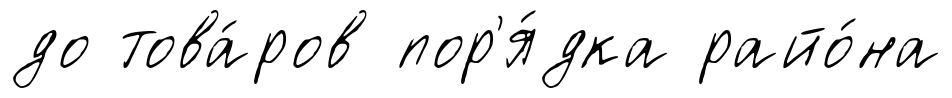
до това́ров пор'я́дка райо́на